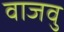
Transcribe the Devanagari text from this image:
वाजवु